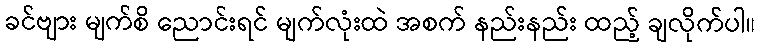
ခင်ဗျား မျက်စိ ညောင်းရင် မျက်လုံးထဲ အစက် နည်းနည်း ထည့် ချလိုက်ပါ။